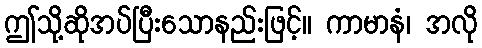
ဤသို့ဆိုအပ်ပြီးသောနည်းဖြင့်။ ကာမာနံ၊ အလို